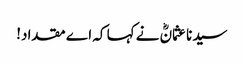
سیدنا عثمانؓ نے کہا کہ اے مقداد!